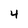
Character: 4